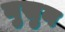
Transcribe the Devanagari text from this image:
नुसुन